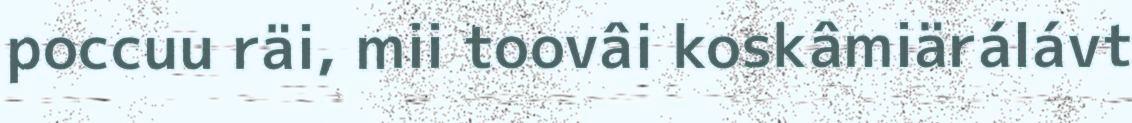
poccuu räi, mii toovâi koskâmiärálávt